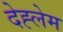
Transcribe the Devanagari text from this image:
देह्लेम